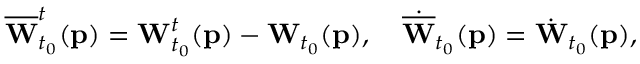
\begin{array} { r } { \overline { { \mathbf { W } } } _ { t _ { 0 } } ^ { t } ( \mathbf { p } ) = \mathbf { W } _ { t _ { 0 } } ^ { t } ( \mathbf { p } ) - \mathbf { W } _ { t _ { 0 } } ( \mathbf { p } ) , \quad \dot { \overline { { \mathbf { W } } } } _ { t _ { 0 } } ( \mathbf { p } ) = \dot { \mathbf { W } } _ { t _ { 0 } } ( \mathbf { p } ) , } \end{array}